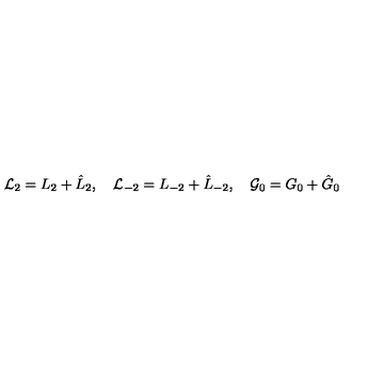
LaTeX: { \cal L } _ { 2 } = L _ { 2 } + \hat { L } _ { 2 } , \quad { \cal L } _ { - 2 } = L _ { - 2 } + \hat { L } _ { - 2 } , \quad { \cal G } _ { 0 } = G _ { 0 } + \hat { G } _ { 0 }